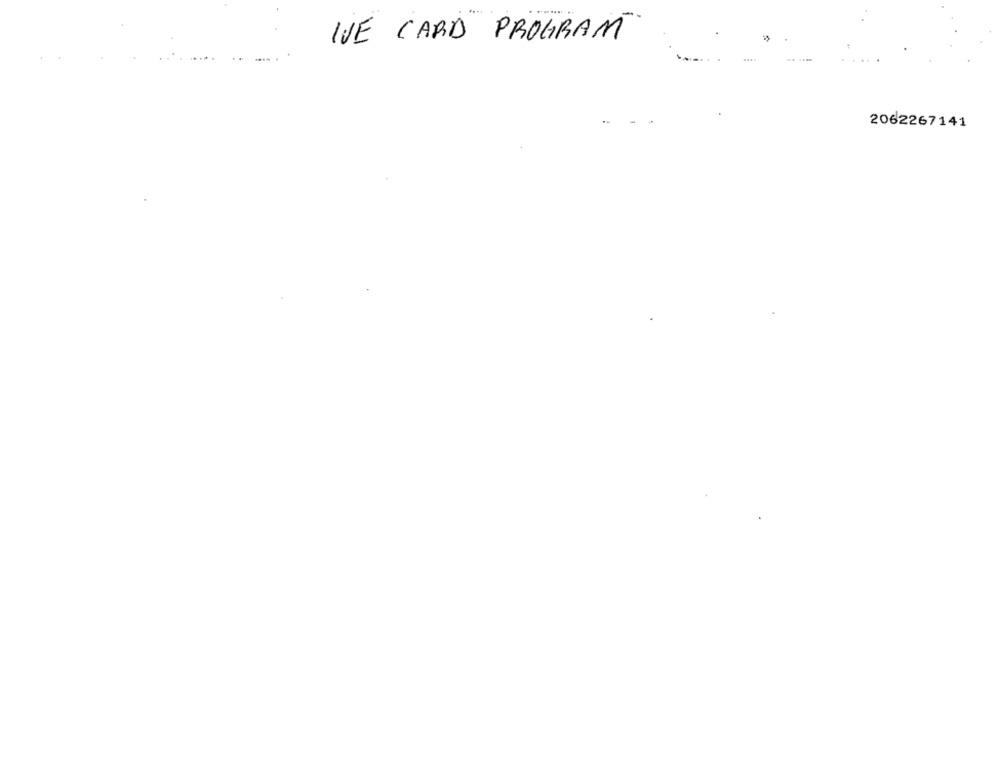
IVE CARD PROGRAM
2062267141